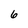
Character: 6